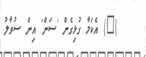
(@) އެކަމާ ގުޅިގެން 'ސަން' އިން ސުވާލު